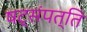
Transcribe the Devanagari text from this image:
षट्‌संपत्ति